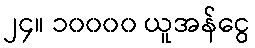
၂၄။ ၁၀၀၀၀ ယူအန်ငွေ